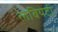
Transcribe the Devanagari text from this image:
लेबियेटी